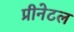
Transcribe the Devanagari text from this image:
प्रीनेटल